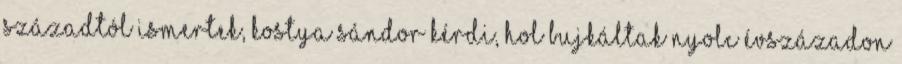
századtól ismertek, Kostya Sándor kérdi, hol bujkáltak nyolc évszázadon